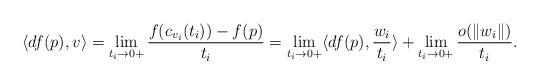
LaTeX: \begin{align*} \langle df(p), v \rangle= \lim_{t_i \to 0+} \frac{f(c_{v_i}(t_i))-f(p)}{t_i} = \lim_{t_i \to 0+} \langle df(p), \frac{w_i}{t_i} \rangle + \lim_{t_i \to 0+}\frac{o(\|w_i\|)}{t_i}. \end{align*}